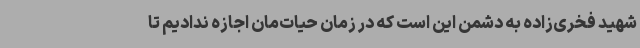
شهید فخری‌زاده به دشمن این است که در زمان حیات‌مان اجازه ندادیم تا